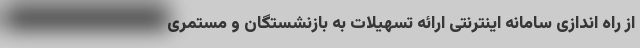
از راه اندازی سامانه اینترنتی ارائه تسهیلات به بازنشستگان و مستمری